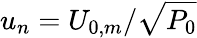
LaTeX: u_{n}=U_{0,m}/\sqrt{P_{0}}